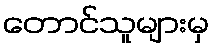
တောင်သူများမှ